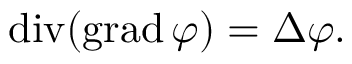
\operatorname { d i v } ( \operatorname { g r a d } \varphi ) = \Delta \varphi .